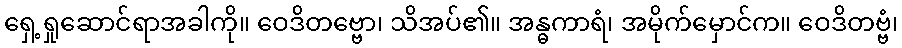
ရှေ့ရှုဆောင်ရာအခါကို။ ဝေဒိတဗ္ဗော၊ သိအပ်၏။ အန္ဓကာရံ၊ အမိုက်မှောင်က။ ဝေဒိတဗ္ဗံ၊